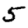
Digit: 5